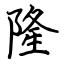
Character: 隆